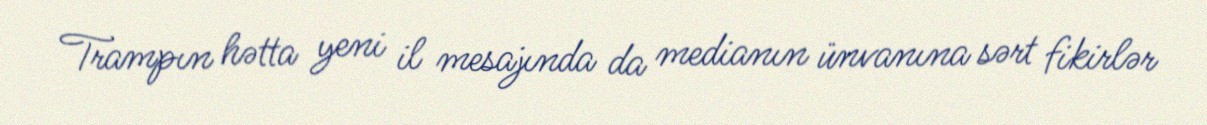
Trampın hətta yeni il mesajında da medianın ünvanına sərt fikirlər